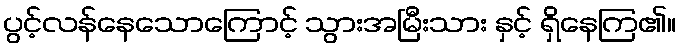
ပွင့်လန်နေသောကြောင့် သွားအမြီးသား နှင့် ရှိနေကြ၏။